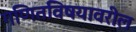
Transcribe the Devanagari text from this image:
गणितविषयावरील